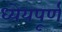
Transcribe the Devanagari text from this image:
ध्येयपूर्ण